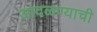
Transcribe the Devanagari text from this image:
आदळण्याची